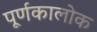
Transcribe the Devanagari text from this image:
पूर्णकालोक